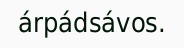
árpádsávos.